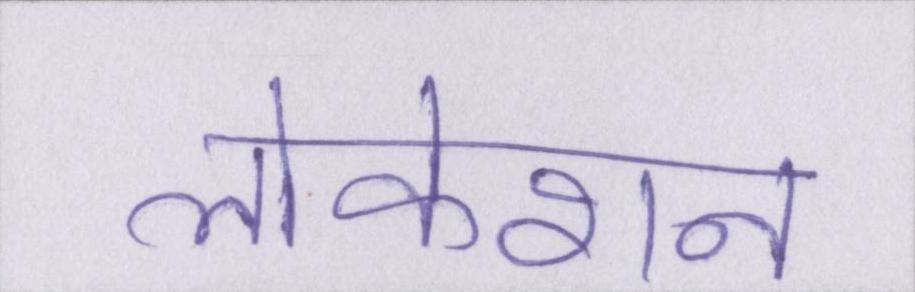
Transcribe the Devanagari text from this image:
लोकेशन